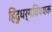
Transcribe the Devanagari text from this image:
हिंदुधर्मविषयक